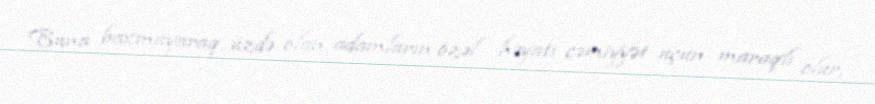
Buna baxmayaraq, üzdə olan adamların özəl həyatı cəmiyyət üçün maraqlı olur,